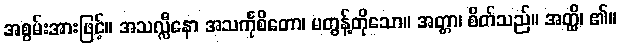
အစွမ်းအားဖြင့်။ အသလ္လီနော အသင်္ကုစိတော၊ မတွန့်တိုသော။ အတ္တာ၊ စိတ်သည်။ အတ္ထိ၊ ၏။